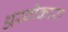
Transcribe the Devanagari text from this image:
अस्वीकारा